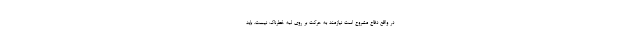
در واقع دفاع مشروع است نیازمند به حرکت بر روی لبه خطرناک نیست. باید